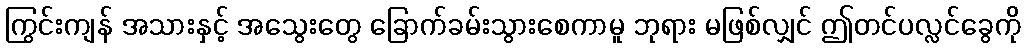
ကြွင်းကျန် အသားနှင့် အသွေးတွေ ခြောက်ခမ်းသွားစေကာမူ ဘုရား မဖြစ်လျှင် ဤတင်ပလ္လင်ခွေကို